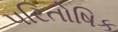
પરિતોષિક